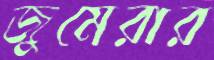
জুমেরার